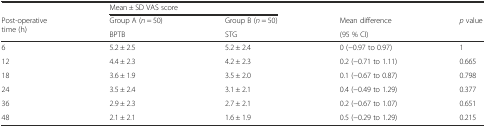
<table><thead><tr><td></td><td colspan="2"><b>Mean ± SD VAS score</b></td><td></td><td></td></tr><tr><td rowspan="2"><b>Post-operative time (h)</b></td><td><b>Group A (<i>n</i> = 50)</b></td><td><b>Group B (<i>n</i> = 50)</b></td><td><b>Mean difference</b></td><td rowspan="2"><b><i>p</i> value</b></td></tr><tr><td><b>BPTB</b></td><td><b>STG</b></td><td><b>(95 % CI)</b></td></tr></thead><tbody><tr><td>6</td><td>5.2 ± 2.5</td><td>5.2 ± 2.4</td><td>0 (−0.97 to 0.97)</td><td>1</td></tr><tr><td>12</td><td>4.4 ± 2.3</td><td>4.2 ± 2.3</td><td>0.2 (−0.71 to 1.11)</td><td>0.665</td></tr><tr><td>18</td><td>3.6 ± 1.9</td><td>3.5 ± 2.0</td><td>0.1 (−0.67 to 0.87)</td><td>0.798</td></tr><tr><td>24</td><td>3.5 ± 2.4</td><td>3.1 ± 2.1</td><td>0.4 (−0.49 to 1.29)</td><td>0.377</td></tr><tr><td>36</td><td>2.9 ± 2.3</td><td>2.7 ± 2.1</td><td>0.2 (−0.67 to 1.07)</td><td>0.651</td></tr><tr><td>48</td><td>2.1 ± 2.1</td><td>1.6 ± 1.9</td><td>0.5 (−0.29 to 1.29)</td><td>0.215</td></tr></tbody></table>